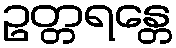
ဥတ္တရန္တေ